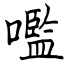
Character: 嚂